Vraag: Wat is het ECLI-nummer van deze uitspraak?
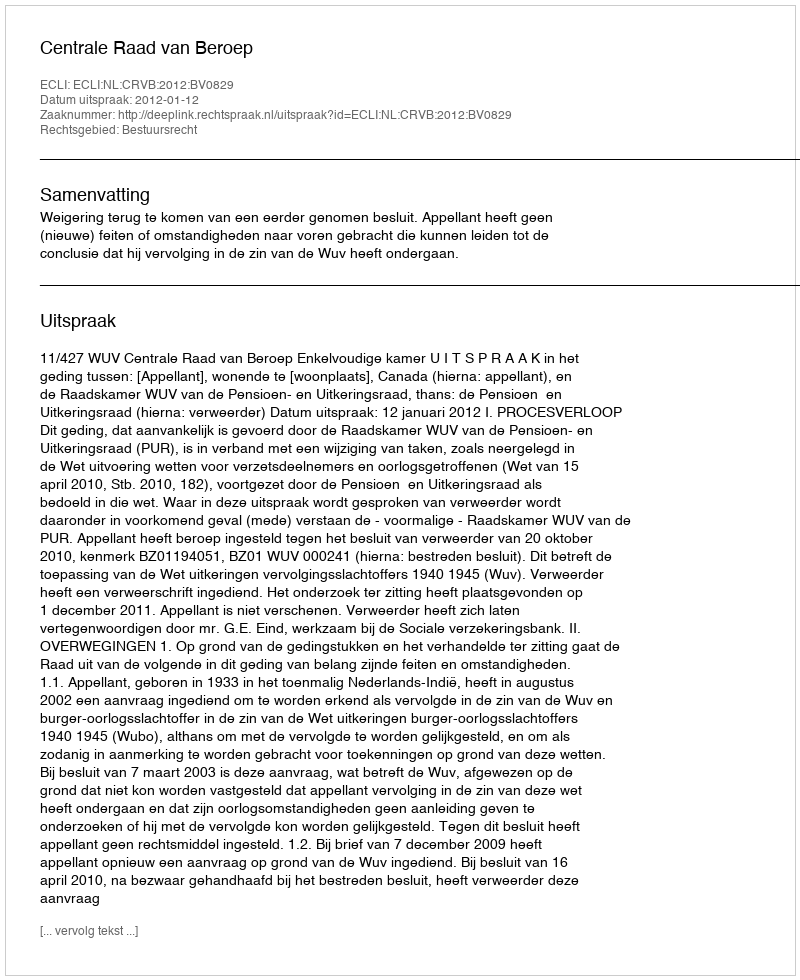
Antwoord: ECLI:NL:CRVB:2012:BV0829